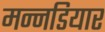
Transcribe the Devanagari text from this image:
मन्नडियार